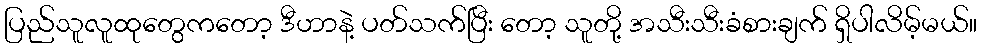
ပြည်သူလူထုတွေကတော့ ဒီဟာနဲ့ ပတ်သက်ပြီး တော့ သူတို့ အသီးသီးခံစားချက် ရှိပါလိမ့်မယ်။